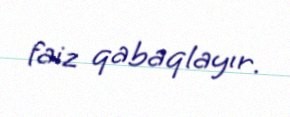
faiz qabaqlayır.